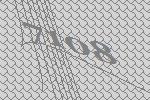
7108